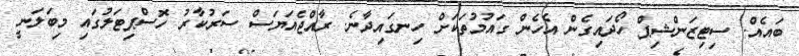
ބައެއް. ސިޓިޒަންޝިޕް ހޯދައިގެން އެހެން ގައުމުތަކަށް ހިނގައިދާނެ. ރާއްޖެއަޔަސް ސަރުކާރު ހޮސްޕިޓަލުގައި މިބަލަނީ